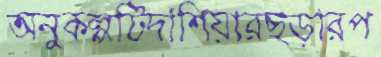
অনুকল্পটিদাশিয়ারছড়ারপ